Black-water fever - Number 35
Disease focus: Fever
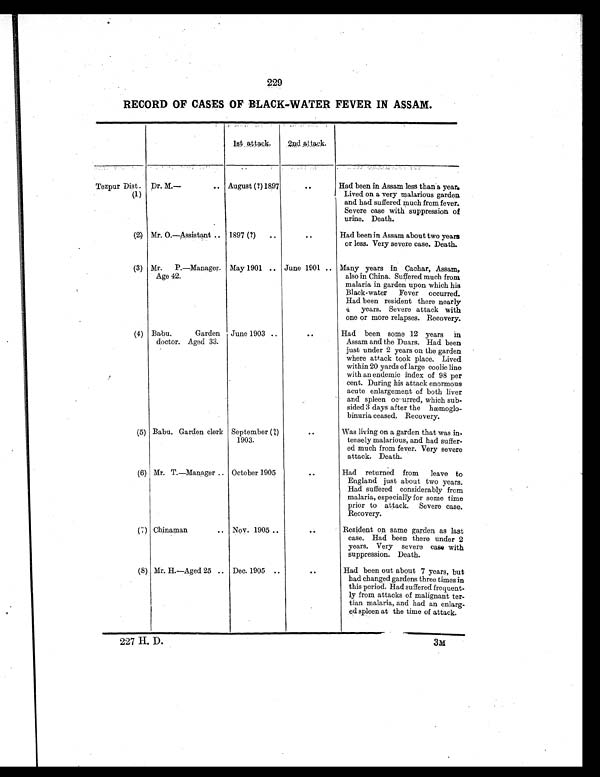
229
RECORD OF CASES OF BLACK-WATER FEVER IN ASSAM.
1st attack.
2nd attack.
Tezpur Dist.
(1)
Dr. M.— .. August (?) 1897
. .
Had been in Assam less than a year.
Lived on a very malarious garden
and had suffered much from fever.
Severe case with suppression of
urine. Death.
(2) Mr. O.—Assistant .. 1897 (?) ..
..
Had been in Assam about two years
or less. Very severe case. Death.
(3) Mr. P.—Manager.
Age 42.
May 1901 .. June 1901 .. Many years in Cachar, Assam,
also in China. Suffered much from
malaria in garden upon which his
Black-water Fever occurred.
Had been resident there nearly
4 years. Severe attack with
one or more relapses. Recovery.
(4) Babu. Garden
doctor. Aged 33.
June 1903 ..
..
Had been some 12 years in
Assam and the Duars. Had been
just under 2 years on the garden
where attack took place. Lived
within 20 yards of large coolie line
with an endemic index of 98 per
cent. During his attack enormous
acute enlargement of both liver
and spleen occurred, which sub-
sided 3 days after the hæmoglo-
binuria ceased. Recovery.
(5) Babu. Garden clerk September (?)
1903.
. .
Was living on a garden that was in-
tensely malarious, and had suffer-
ed much from fever. Very severe
attack. Death.
(6) Mr. T.—Manager .. October 1905
..
Had returned from leave to
England just about two years.
Had suffered considerably from
malaria, especially for some time
prior to attack. Severe case.
Recovery.
(7) Chinaman .. Nov. 1905 ..
. .
Resident on same garden as last
case. Had been there under 2
years. Very severe case with
suppression. Death.
(8) Mr. H.—Aged 25 .. Dec. 1905 ..
..
Had been out about 7 years, but
had changed gardens three times in
this period. Had suffered frequent-
ly from attacks of malignant ter-
tian malaria, and had an enlarg-
ed spleen at the time of attack.
227 H. D.
3M